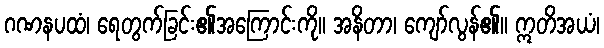
ဂဏနပထံ၊ ရေတွက်ခြင်း၏အကြောင်းကို။ အနိတာ၊ ကျော်လွန်၏။ ဣတိအယံ၊